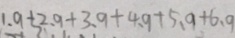
1 . 9 + 2 . 9 + 3 . 9 + 4 . 9 + 5 . 9 + 6 . 9